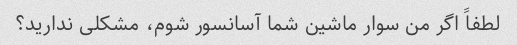
لطفاً اگر من سوار ماشین شما آسانسور شوم، مشکلی ندارید؟